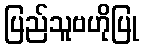
ပြည်သူဗဟိုပြု